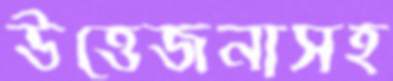
উত্তেজনাসহ